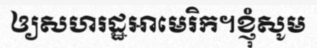
ឲ្យសហរដ្ឋអាមេរិក។ខ្ញុំសូម